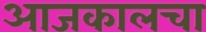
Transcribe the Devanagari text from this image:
आजकालचा